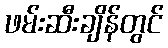
ဖမ်းဆီးချိန်တွင်